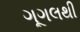
ગૂગલથી